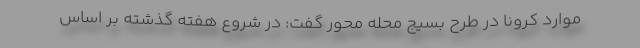
موارد کرونا در طرح بسیج محله محور گفت: در شروع هفته گذشته بر اساس